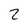
Character: 2